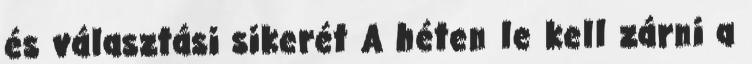
és választási sikerét A héten le kell zárni a